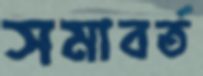
সমাবর্ত